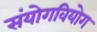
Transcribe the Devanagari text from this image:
संयोगवियोग